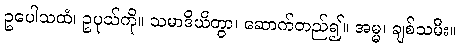
ဥပေါသထံ၊ ဥပုသ်ကို။ သမာဒိယိတွာ၊ ဆောက်တည်၍။ အမ္မ၊ ချစ်သမီး။